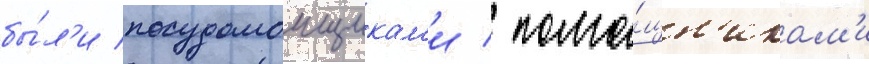
бы́л'и посудомоищикам'и / помо́щн'икам'и